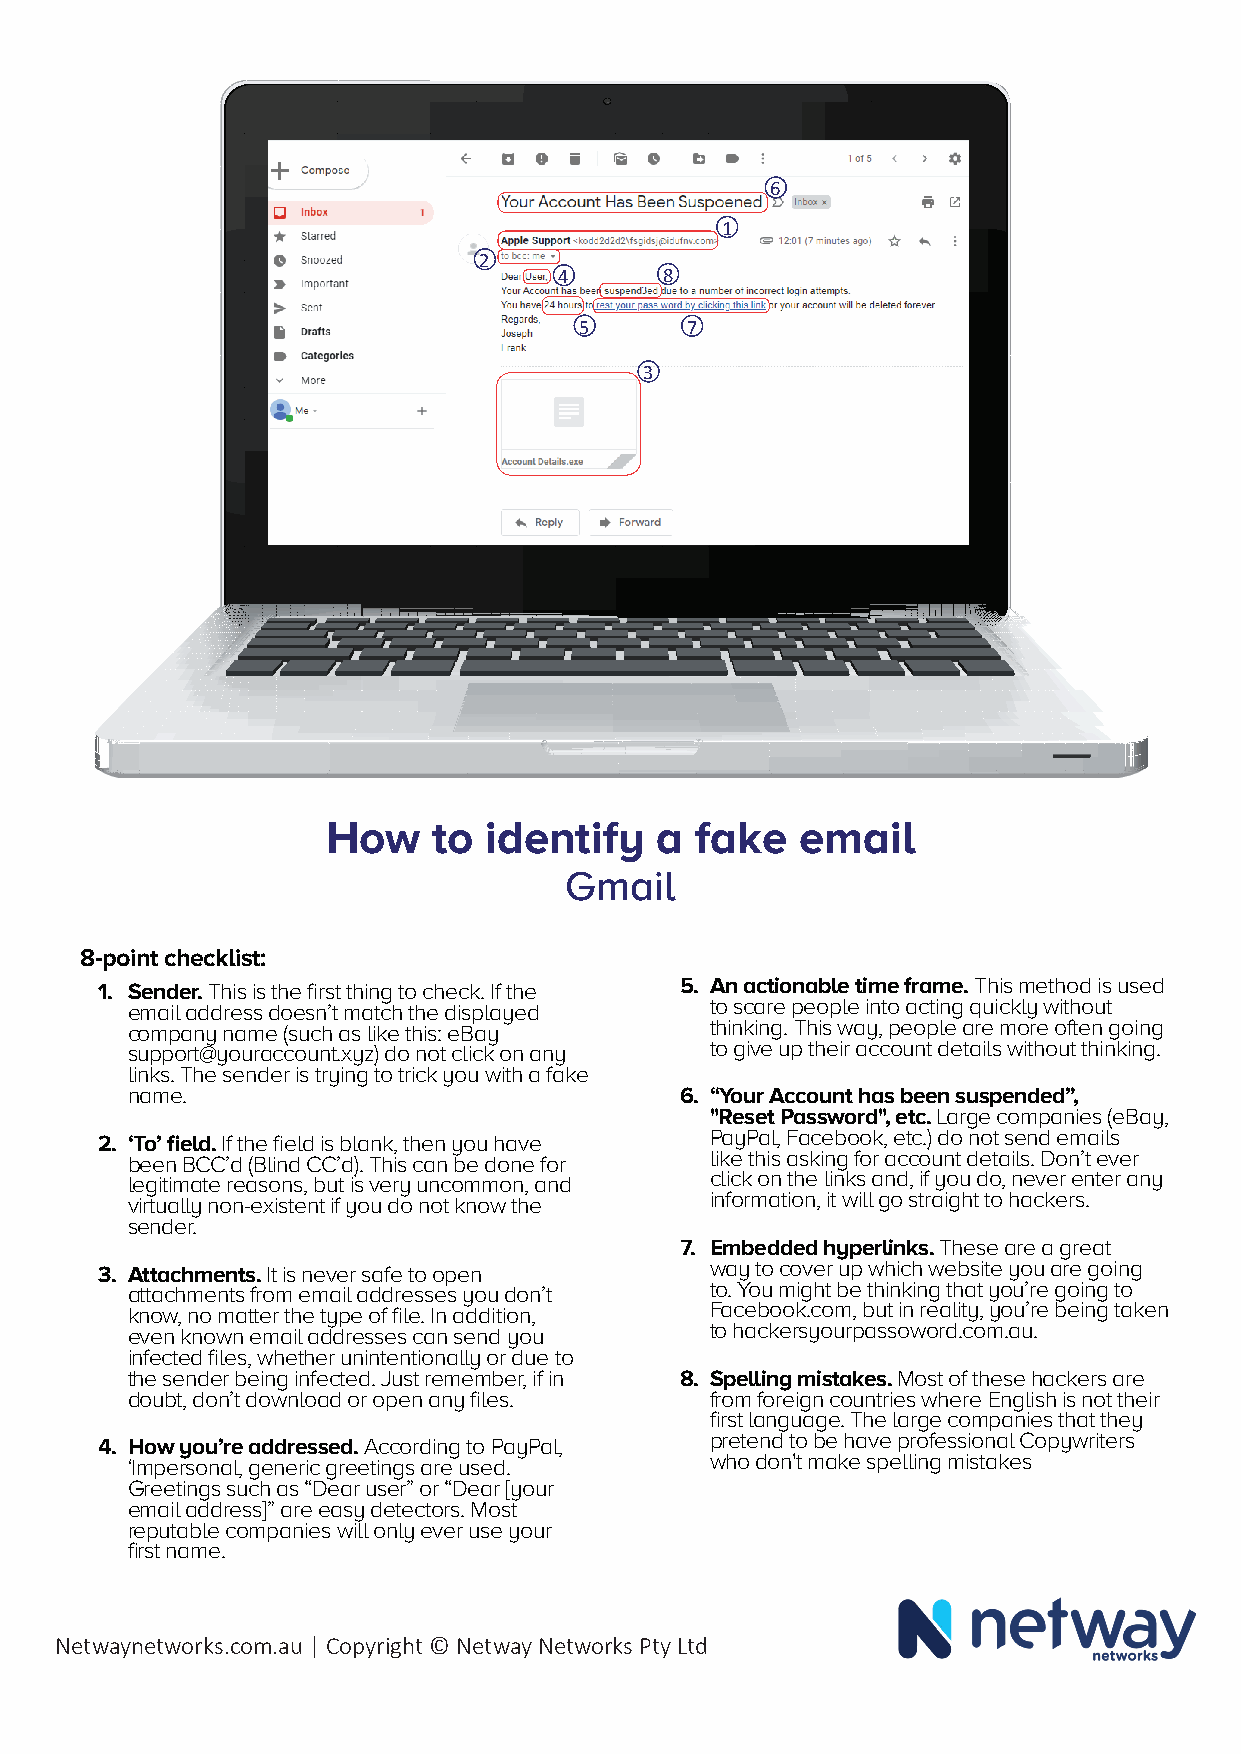
6
 1
 2
 4      8
 1
 2
 5      7
 3
 3
 4          6
 5     8
 7
 How    to identify   a  fake   email
 Gmail
 8-point checklist:
 1. Sender. This is the first thing to check. If the 5. An actionable time frame. This method is used
 email address doesn’t match the displayed to scare people into acting quickly without
 company name (such as like this: eBay  thinking. This way, people are more often going
 support@youraccount.xyz) do not click on any to give up their account details without thinking.
 links. The sender is trying to trick you with a fake
 name.                                6. “Your Account has been suspended”,
 "Reset Password", etc. Large companies (eBay,
 2. ‘To’ field. If the field is blank, then you have PayPal, Facebook, etc.) do not send emails
 been BCC’d (Blind CC’d). This can be done for like this asking for account details. Don’t ever
 legitimate reasons, but is very uncommon, and click on the links and, if you do, never enter any
 virtually non-existent if you do not know the information, it will go straight to hackers.
 sender.
 7. Embedded hyperlinks. These are a great
 3. Attachments. It is never safe to open way to cover up which website you are going
 attachments from email addresses you don’t to. You might be thinking that you’re going to
 know, no matter the type of file. In addition, Facebook.com, but in reality, you’re being taken
 even known email addresses can send you to hackersyourpassoword.com.au.
 infected files, whether unintentionally or due to
 the sender being infected. Just remember, if in 8. Spelling mistakes. Most of these hackers are
 doubt, don’t download or open any files. from foreign countries where English is not their
 first language. The large companies that they
 4. How you’re addressed. According to PayPal, pretend to be have professional Copywriters
 ‘Impersonal, generic greetings are used. who don't make spelling mistakes
 Greetings such as “Dear user” or “Dear [your
 email address]” are easy detectors. Most
 reputable companies will only ever use your
 first name.
 Netwaynetworks.com.au | Copyright © Netway Networks Pty Ltd